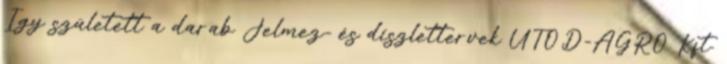
Így született a darab Jelmez- és díszlettervek UTÓD-AGRO Kft.